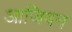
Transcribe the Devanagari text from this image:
आजिवन